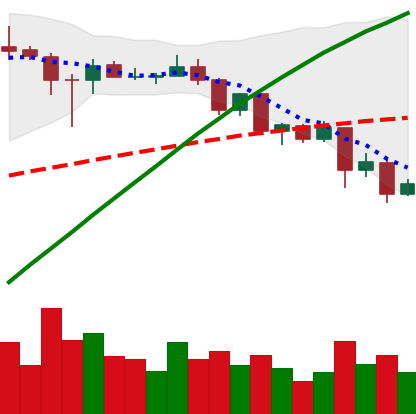
Ticker: ADA-USD
Chart end date: 2020-08-28
Forward return: 5.628%
Label: up_5_7